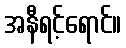
အနီရင့်ရောင်။